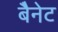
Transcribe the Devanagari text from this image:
बैेनेट